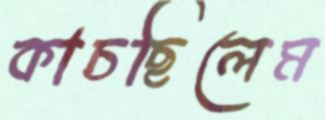
কাচছিলেম